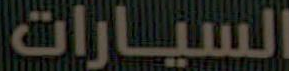
السيارات